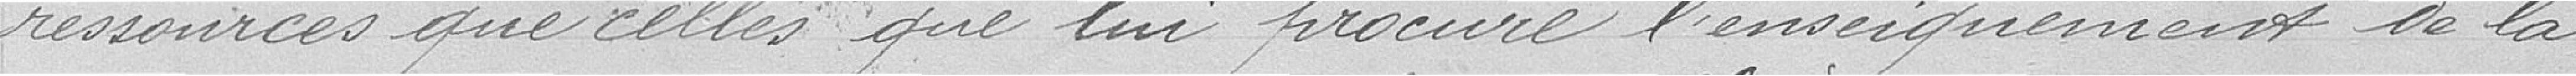
ressources que celles que lui procure l'enseignement de la